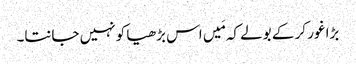
بڑا غور کر کے بولے کہ مَیں اس بڑھیا کو نہیں جانتا۔